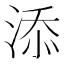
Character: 添